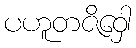
ပဟူတဇိဝှေါ